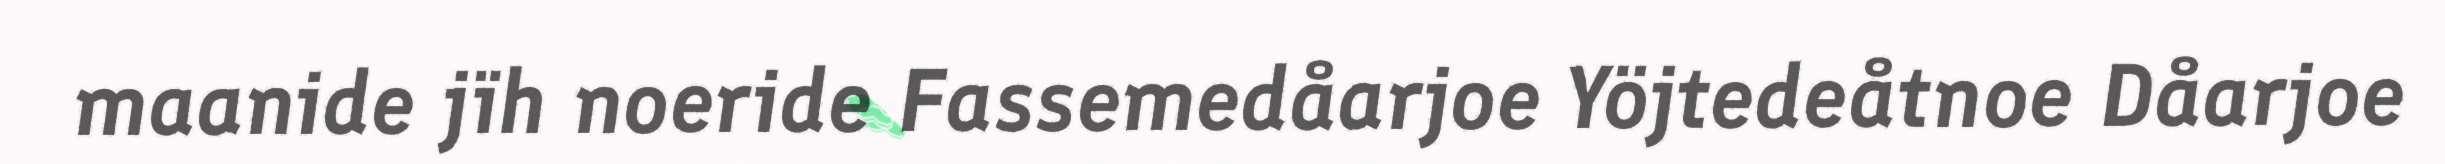
maanide jïh noeride Fassemedåarjoe Yöjtedeåtnoe Dåarjoe